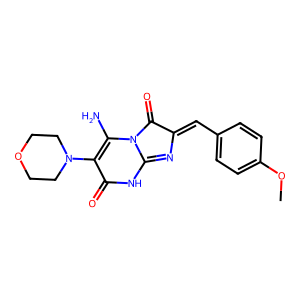
SMILES: COc1ccc(C=C2N=C3NC(=O)C(N4CCOCC4)=C(N)N3C2=O)cc1
Inhibits HIV replication: No